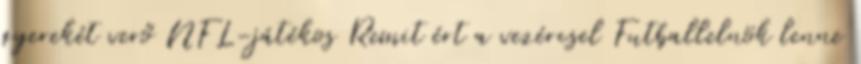
gyerekét verő NFL-játékos Remit ért a vezércsel Futballelnök lenne